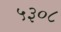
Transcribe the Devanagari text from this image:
५३०८